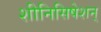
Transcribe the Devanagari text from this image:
शीनिसिषेशन्